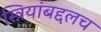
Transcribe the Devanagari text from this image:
स्त्रियांबद्दलच